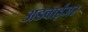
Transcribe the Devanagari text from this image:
अडवाईजर